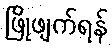
ဖြိုဖျက်ရန်